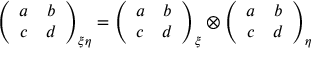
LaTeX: \left( \begin{array} { c c } { { a } } & { { b } } \\ { { c } } & { { d } } \end{array} \right) _ { \xi \eta } = \left( \begin{array} { c c } { { a } } & { { b } } \\ { { c } } & { { d } } \end{array} \right) _ { \xi } \otimes \left( \begin{array} { c c } { { a } } & { { b } } \\ { { c } } & { { d } } \end{array} \right) _ { \eta }